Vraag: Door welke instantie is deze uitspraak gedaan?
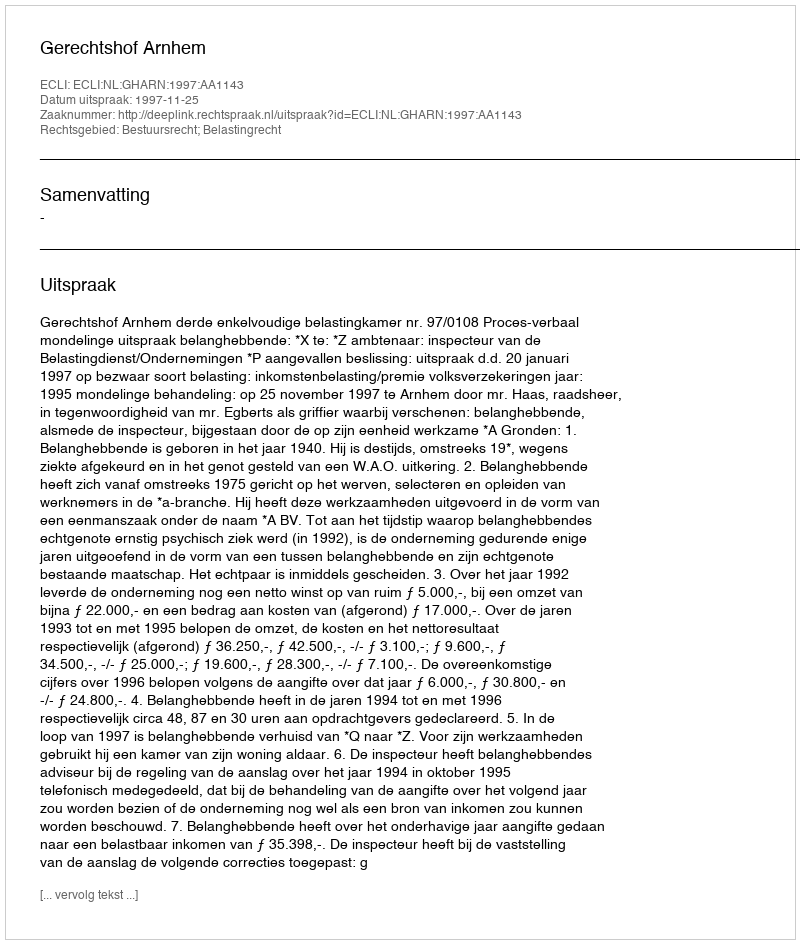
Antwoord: Gerechtshof Arnhem